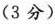
（3分）